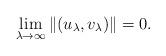
LaTeX: \begin{align*}\lim_{\lambda \to \infty}\|(u_{\lambda}, v_{\lambda})\|=0.\end{align*}